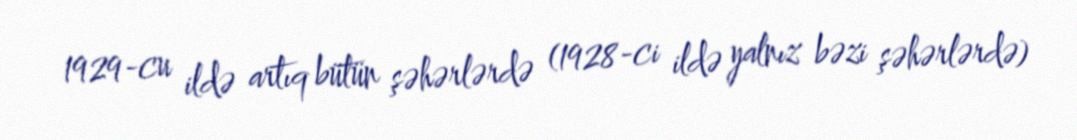
1929-cu ildə artıq bütün şəhərlərdə (1928-ci ildə yalnız bəzi şəhərlərdə)